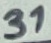
Text: 31